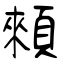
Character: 顂